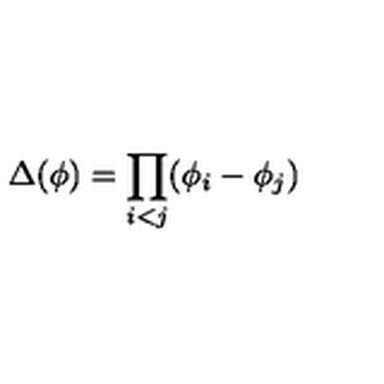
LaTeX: \Delta ( \phi ) = \prod _ { i < j } ( \phi _ { i } - \phi _ { j } )